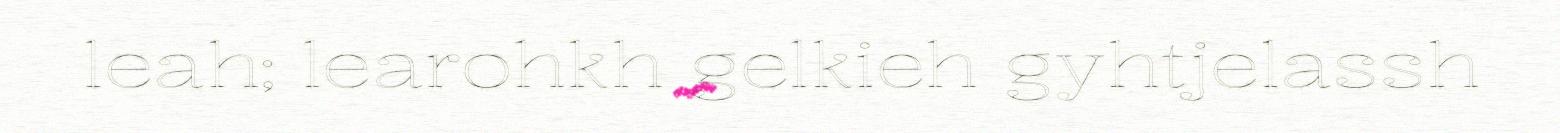
leah; learohkh gelkieh gyhtjelassh